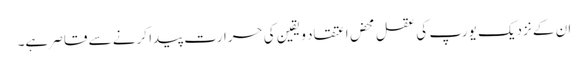
ان کے نزدیک یورپ کی عقل محض اعتقاد و یقین کی حرارت پیدا کرنے سے قاصر ہے۔